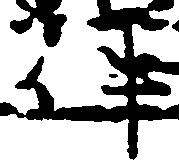
件